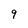
Character: 9